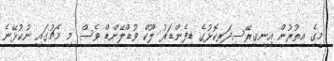
މީގެ އިތުރުން އިނގިރޭސިދަރިކޮޅުގެ ޑިފެންޑަރު ލޫކް ވުޑްލޭންޑް ވެސް މި މެޗުގައި ނުކުޅޭނެ